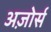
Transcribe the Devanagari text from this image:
अज़ोर्स